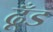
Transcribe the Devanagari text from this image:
ढूँड